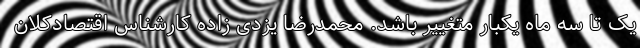
یک تا سه ماه یکبار متغییر باشد. محمدرضا یزدی زاده کارشناس اقتصادکلان